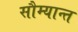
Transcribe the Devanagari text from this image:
सौम्यान्त